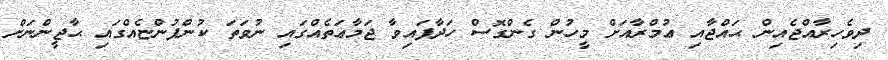
ދިވެހިރާއްޖެއިން ޙައްޖާއި ޢުމްރާއަށް މީހުން ގެންގޮސް ހަދާފައިވާ ޖަމާޢަތެއްގައި ނުވަތަ ކުންފުންޏެއްގައި ޙާޖީންނަށް